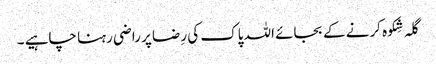
گلہ شِکوہ کرنے کے بجائے اللہ پاک کی رِضا پر راضی رہنا چاہیے ۔